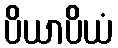
ပိယာပိယံ